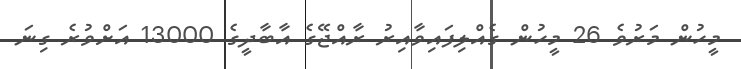
މީހުން މަރުވެ 26 މީހުން ގެއްލިފައިވާއިރު ރާއްޖޭގެ އާބާދީގެ 13000 އަށްވުރެ ގިނަ